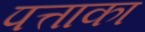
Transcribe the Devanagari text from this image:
पत्ताका